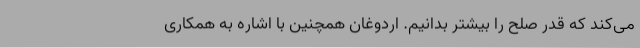
می‌کند که قدر صلح را بیشتر بدانیم. اردوغان همچنین با اشاره به همکاری